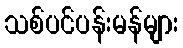
သစ်ပင်ပန်းမန်များ